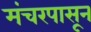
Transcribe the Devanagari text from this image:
मंचरपासून